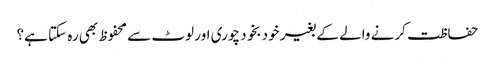
حفاظت کرنے والے کے بغیر خود بخود چوری اور لوٹ سے محفوظ بھی رہ سکتا ہے؟